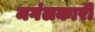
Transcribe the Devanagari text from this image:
मगंलकारी